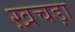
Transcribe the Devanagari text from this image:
ख़चड़ा